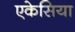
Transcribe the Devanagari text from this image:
एकेसिया